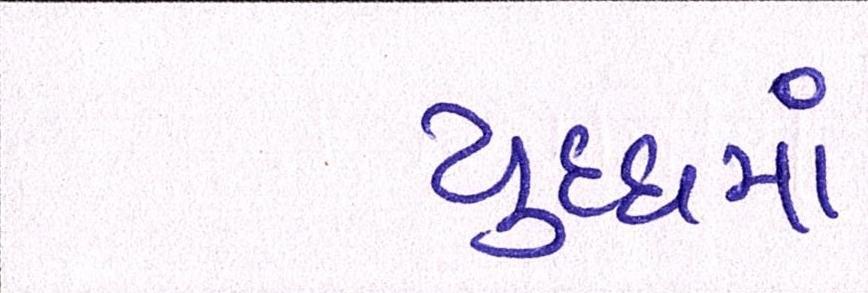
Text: યુધ્ધમાં